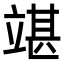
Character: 𥪘